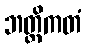
ဘတ္တိကတံ